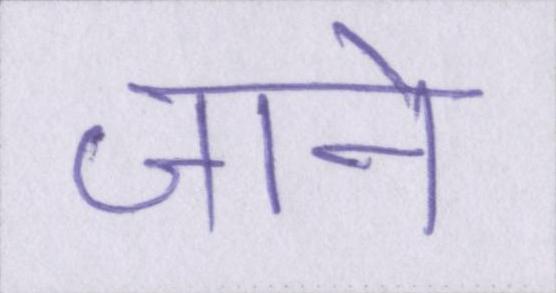
जाने